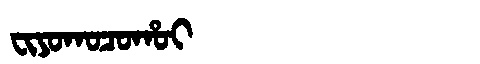
Manchu: ᠸᡳᠶᠣᡴᠣᠴᠣᡥᠣᡳ
Romanization: FIYOKOCOHOI